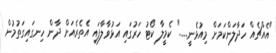
"އެއްޗެއް ހަދާލަންކަމަށް މިއުޅެނީ......" ކެމީލާ ކޯޓު ހަރުގައި އަޅުވާލާފައި އެތެރެއަށް ދާން ހިނގައިގަތުމުން